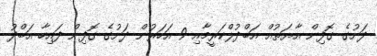
ދަށުގެ ގޮފިން އާޔަތުއް އަބްދުލްކަރީމާއި 9 އަހަރުން ދަށުގެ ގޮފިން ފައިހާ އަބްދު